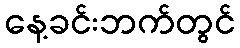
နေ့ခင်းဘက်တွင်